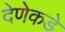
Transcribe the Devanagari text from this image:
देणेकडे